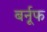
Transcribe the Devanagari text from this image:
बर्नूफ